Annual report of the Punjab Veterinary College and of the Civil Veterinary Department, Punjab - 1926-1932
Year: 1926
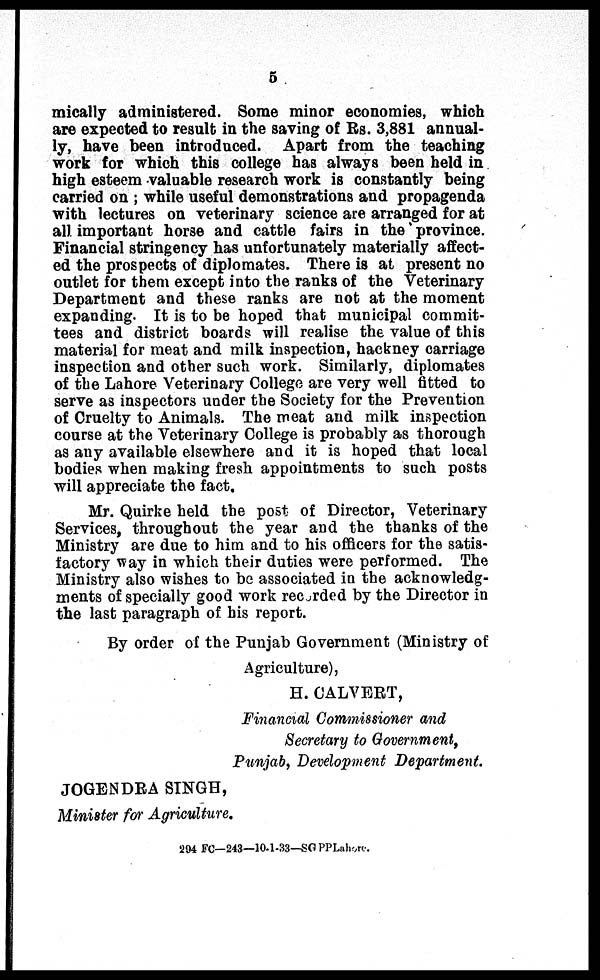
5
mically administered. Some minor economies, which
are expected to result in the saving of Rs. 3,881 annual-
ly, have been introduced. Apart from the teaching
work for which this college has always been held in
high esteem valuable research work is constantly being
carried on; while useful demonstrations and propagenda
with lectures on veterinary science are arranged for at
all important horse and cattle fairs in the province.
Financial stringency has unfortunately materially affect-
ed the prospects of diplomates. There is at present no
outlet for them except into the ranks of the Veterinary
Department and these ranks are not at the moment
expanding. It is to be hoped that municipal commit-
tees and district boards will realise the value of this
material for meat and milk inspection, hackney carriage
inspection and other such work. Similarly, diplomates
of the Lahore Veterinary College are very well fitted to
serve as inspectors under the Society for the Prevention
of Cruelty to Animals. The meat and milk inspection
course at the Veterinary College is probably as thorough
as any available elsewhere and it is hoped that local
bodies when making fresh appointments to such posts
will appreciate the fact.
Mr. Quirke held the post of Director, Veterinary
Services, throughout the year and the thanks of the
Ministry are due to him and to his officers for the satis-
factory way in which their duties were performed. The
Ministry also wishes to be associated in the acknowledg-
ments of specially good work recorded by the Director in
the last paragraph of his report.
By order of the Punjab Government (Ministry of
Agriculture),
H. CALVERT,
Financial Commissioner and
Secretary to Government,
Punjab, Development Department.
JOGENDRA SINGH,
Minister for Agriculture.
294 FC—243—10-1-33—SGPP Lahore.